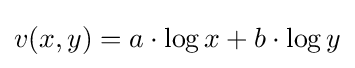
v(x,y)=a\cdot \log {x}+b\cdot \log {y}